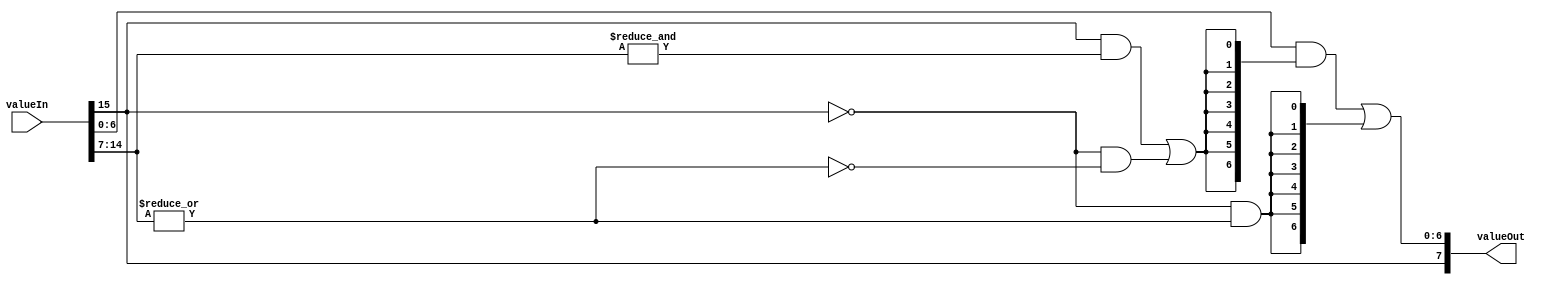
/*	clampSRange
	Input   a         signed number, 
	Output  a smaller signed number clamped to power of 2 (- 2^(OUTW-1)..2^(OUTW-1)-1) 
	
	Instanciation :
	clampSRange #(.INW(16),.OUTW(8)) myClampSRange(.valueIn(signedInput),.valueOut(signedSRange));
 */
module clampSRange
#(	parameter INW  = 16,	// -32768..+32767
	parameter OUTW = 8		//   -128..+127
)
(
	input  signed [ INW-1:0] valueIn,
	output signed [OUTW-1:0] valueOut
);
	// Overflow
	wire overF	= |valueIn[INW-2:OUTW-1];
	wire isOne  = &valueIn[INW-2:OUTW-1];

	//
	wire sgn    = valueIn[INW-1];
	wire andV   = (sgn  &  isOne		) | (!sgn & !overF);	// When [ < 0 and all one] OR [ >=0 and all zero ] -> Authorize value in final bit.
																// else overflow, reset to 0.
	wire orV    = (!sgn & overF);								// If positive AND overflow, clamp to MAX.

	parameter WT = OUTW-1;
	wire [OUTW-2:0]  orStage = {WT{ orV}};
	wire [OUTW-2:0] andStage = {WT{andV}};
	
	assign valueOut = { valueIn[INW-1], ((valueIn[OUTW-2:0]  & andStage) | orStage) };
endmodule